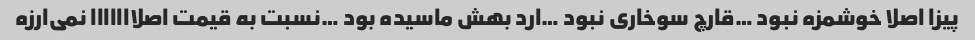
پیزا اصلا خوشمزه نبود …قارچ سوخاری نبود …ارد بهش ماسیده بود …نسبت به قیمت اصلااااااا نمی‌ارزه